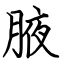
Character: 腋